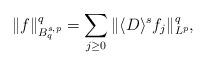
LaTeX: \begin{align*}\|f\|_{B^{s,p}_q}^q = \sum\limits_{j\geq0}\|\langle D\rangle^sf_j\|_{L^p}^q,\end{align*}